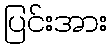
ပြင်းအား